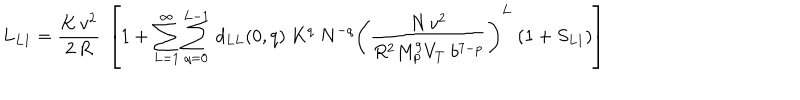
LaTeX: L _ { L 1 } = { \frac { K \, v ^ { 2 } } { 2 \, R } } ~ \left[ 1 + \sum _ { L = 1 } ^ { \infty } \sum _ { q = 0 } ^ { L - 1 } \, d _ { L L } ( 0 , q ) ~ K ^ { q } ~ N ^ { - q } \left( { \frac { N \, v ^ { 2 } } { R ^ { 2 } M _ { p } ^ { 9 } V _ { T } ~ b ^ { 7 - p } } } \right) ^ { L } ~ ( 1 + S _ { L 1 } ) \right]